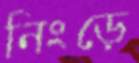
নিংড়ে